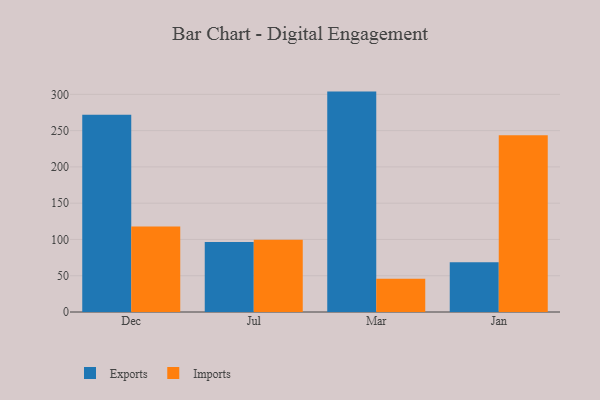
{"axis": {"x": "Month", "y": "Demand Index"}, "legend": ["Exports", "Imports"], "data": [{"x": "Dec", "y": 272.0, "type": "Exports"}, {"x": "Dec", "y": 117.7, "type": "Imports"}, {"x": "Jul", "y": 96.4, "type": "Exports"}, {"x": "Jul", "y": 99.7, "type": "Imports"}, {"x": "Mar", "y": 303.8, "type": "Exports"}, {"x": "Mar", "y": 45.8, "type": "Imports"}, {"x": "Jan", "y": 68.6, "type": "Exports"}, {"x": "Jan", "y": 243.7, "type": "Imports"}]}